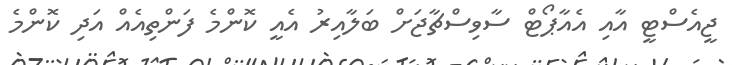
ޖީއެސްޓީ އާއި އެއާޕޯޓް ސާވިސްޗާޖަށް ބަލާއިރު އެއީ ކޮންމެ ފަންތިއެއް އަދި ކޮންމެ